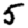
Digit: 5